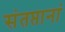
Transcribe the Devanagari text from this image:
संतप्तानां